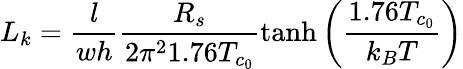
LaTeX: L_{k}=\frac{l}{wh}\frac{R_{s}}{2\pi^{2}1.76T_{c_{0}}}\operatorname{tanh}\left(\frac{1.76T_{c_{0}}}{k_{B}T}\right)